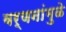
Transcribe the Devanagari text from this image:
वर्णनांमुळे